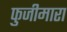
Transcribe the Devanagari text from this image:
फुजीमारा